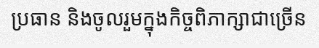
ប្រធាន និងចូលរួមក្នុងកិច្ចពិភាក្សាជាច្រើន